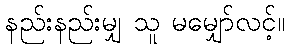
နည်းနည်းမျှ သူ မမျှော်လင့်။